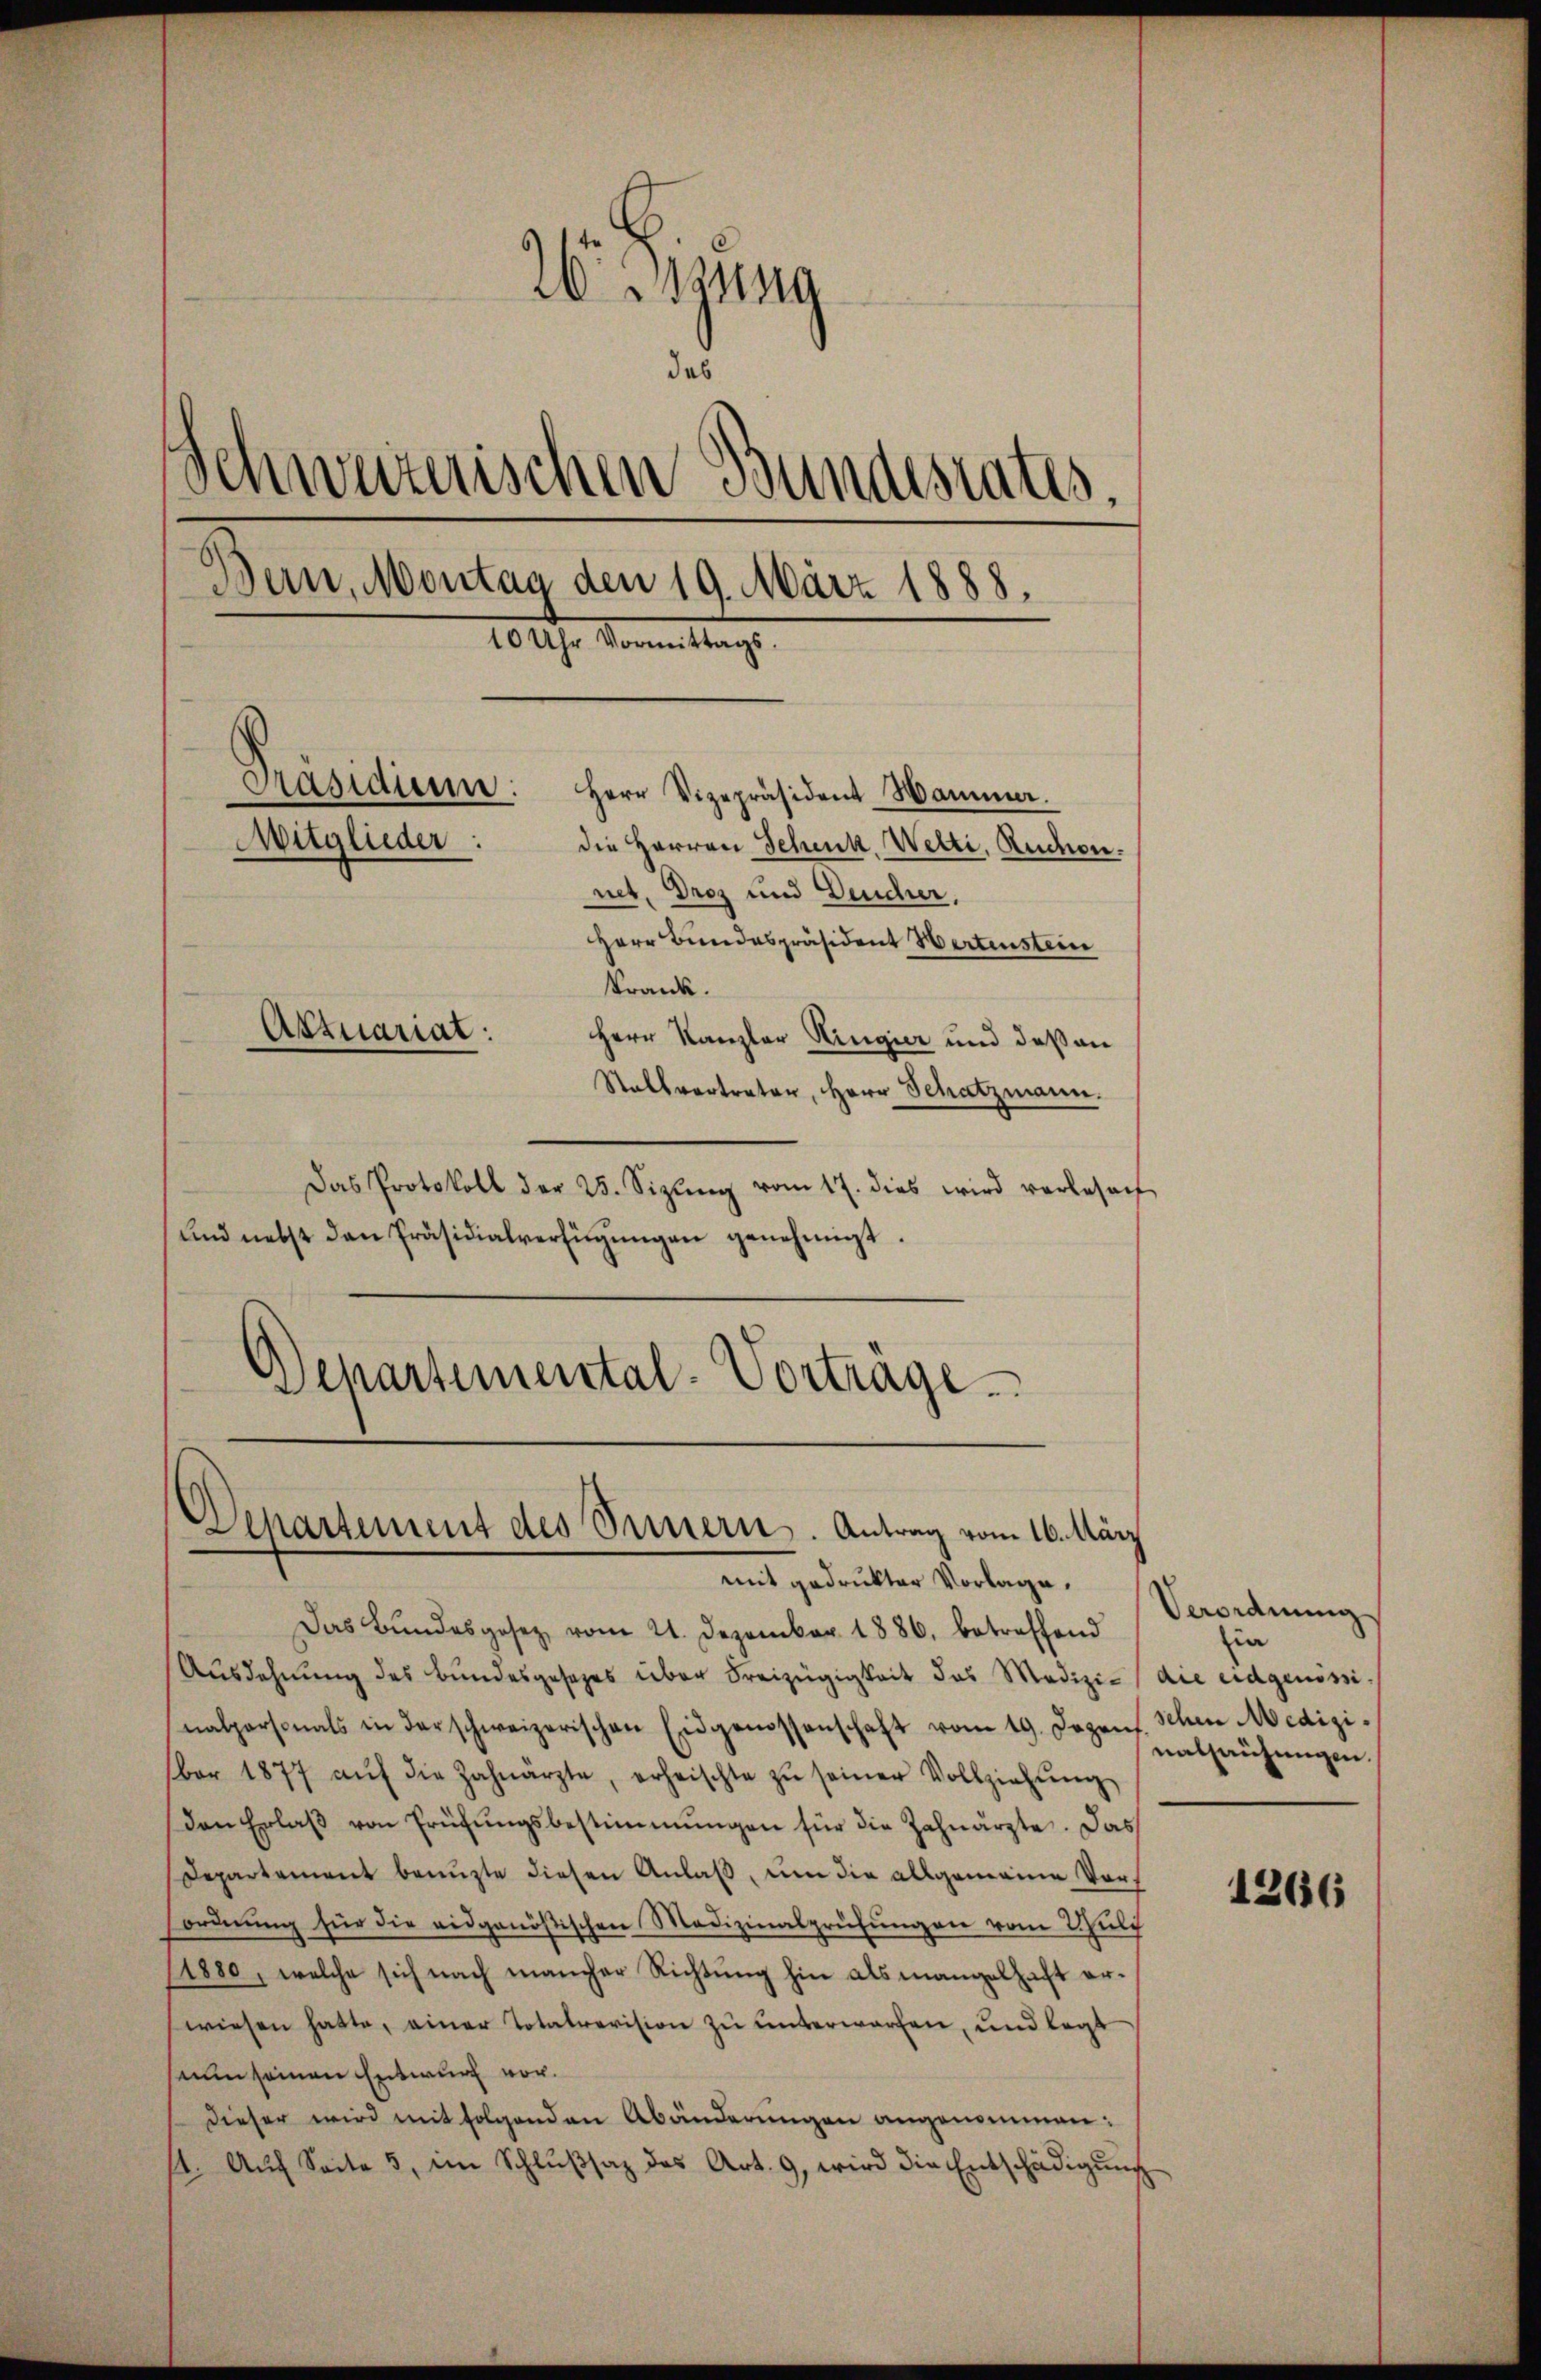
N 19
das
Schweizerischen Bundesrates.
Dein, Montag den 19. März 1888.
10 Uhr Vormittag
Präsidium. Herr Vizepräsident Hammer.
Mitglieder:
die Herren Schenk. Wetti, Ruchen.
net. Droz und Deucher,
Herr Bundespräsident Wertenstein
krank.
Attuariat.
Herr Kanzler Ringier und deßen
Stallvertrater, Herr Schatzmann.

Das Protokoll der 25. Sizling vom 17. dies wird verlesen
ŭnd nebst den Präsidialverfügŭngen genehmigt.
Departemental-Vorträge.

d
Departement des Sinnern. Antrag vom 16. März
mit gedrukter Vorlage.

Das Bundesgesetz vom 21. Dezember 1886. betreffend
Ausdehnung des Bundesgesezes über Freizügigkeit des Medizi- (die eidgenössi
nalpersonals in der schweizerischen Eidgenossenschaft vom 19. Dezens. Schen Mediziber 1877 aŭf die Zahnärzte, erheischte zŭ seiner Vollziehŭng
Den Erlaβ von Prüfŭngsbestimmungen für die Zahnarzte. Das
Departement benuzte diesen Anlaß, um die allgemeine Vorordnŭng für die eidgenößischen Medizinalprüfŭngen vom Schulis
11880, welche sich nach mancher Richtung hin als mangelhaft erwiesen hatte, einer Totalrevision zu unterworfen, und legt
nun seinen Entwurf vor.
Dieser wird mit folgenden Abänderungen angenommen:
11. Aŭf Seite 5, im Schlŭβsaz des Art. 9, wird die Entschädigŭng

Verordnung
zin
nalhausungen.

1266